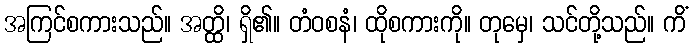
အကြင်စကားသည်။ အတ္ထိ၊ ရှိ၏။ တံဝစနံ၊ ထိုစကားကို။ တုမှေ၊ သင်တို့သည်။ ကိံ